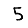
Digit: 5